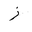
Letter: _zay